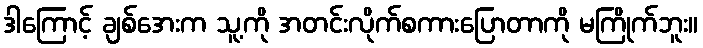
ဒါကြောင့် ချစ်အေးက သူ့ကို အတင်းလိုက်စကားပြောတာကို မကြိုက်ဘူး။